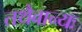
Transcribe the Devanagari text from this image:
तथैवान्यः